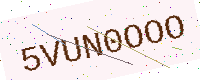
Text: 5VUN0OOO